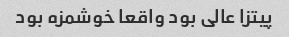
پیتزا عالی بود واقعا خوشمزه بود